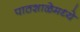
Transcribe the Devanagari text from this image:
पाठशाळेमध्ये